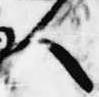
人